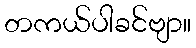
တကယ်ပါခင်ဗျာ။